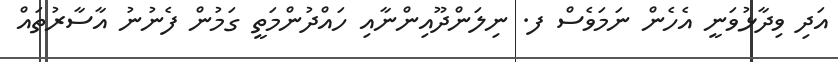
އަދި ވިދާޅުވަނީ އެހެން ނަމަވެސް ފ. ނިލަންދޫއިންނާއި ހައްދުންމަތީ ގަމުން ފެނުނު އާސާރުތައް